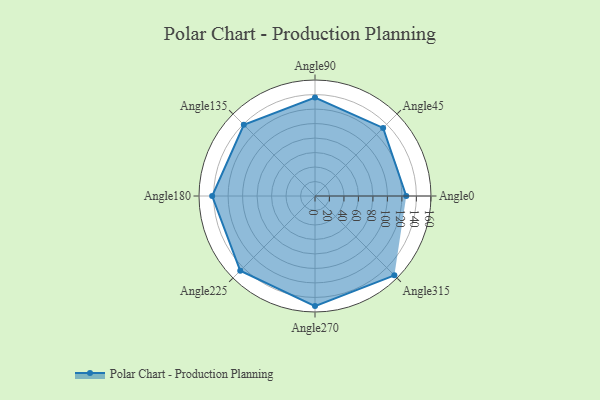
{"axis": {"x": "Angle", "y": "Radius"}, "legend": [""], "data": [{"x": "Angle0", "y": 126.0, "type": ""}, {"x": "Angle45", "y": 133.0, "type": ""}, {"x": "Angle90", "y": 136.0, "type": ""}, {"x": "Angle135", "y": 139.0, "type": ""}, {"x": "Angle180", "y": 142.0, "type": ""}, {"x": "Angle225", "y": 146.0, "type": ""}, {"x": "Angle270", "y": 152.0, "type": ""}, {"x": "Angle315", "y": 155.0, "type": ""}]}